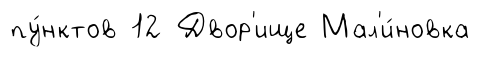
пу́нктов 12 Двор'ище Мал'и́новка